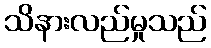
သိနားလည်မှုသည်